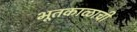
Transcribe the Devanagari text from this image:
भूतकाळाची